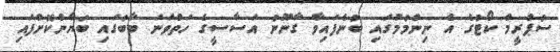
ސުޕްރީމް ކޯޓުގެ އެ ނިންމުމުގައި ބުނެފައިވާ ގާނޫނު އަސާސީގެ ހަތްވަނަ ބާބުގައި ބަޔާންކޮށްފައި